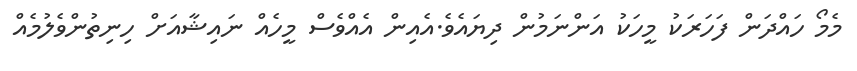
މެމޯ ހައްދަން ފަހަރަކު މީހަކު އަންނަމުން ދިޔައެވެ.އެއިން އެއްވެސް މީހެއް ނައިޝާއަށް ހިނިތުންވެލުމެއް